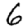
Digit: 6